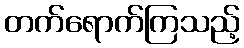
တက်ရောက်ကြသည့်